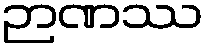
ဉာဏဿ